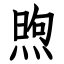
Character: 煦